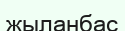
жыланбас